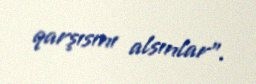
qarşısını alsınlar”.